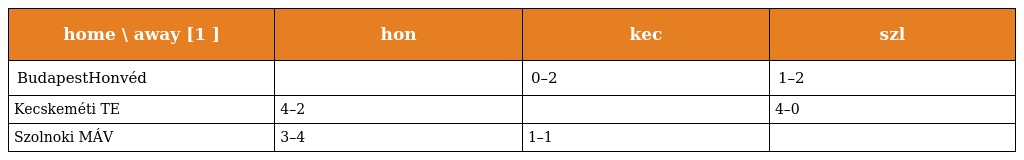
| home \ away [1 ] | hon | kec | szl |
 | --- | --- | --- | --- |
 | BudapestHonvéd |  | 0–2 | 1–2 |
 | Kecskeméti TE | 4–2 |  | 4–0 |
 | Szolnoki MÁV | 3–4 | 1–1 |  |